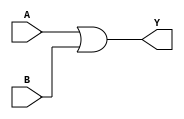
module KMap2Var (
    input wire A,      // Input variable A
    input wire B,      // Input variable B
    output wire Y      // Output variable Y
);
    
    // K-map simplified expression using the truth table
    // Y = A + B
    assign Y = A | B;  // This corresponds to the K-map where `1` is filled for combinations

endmodule